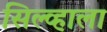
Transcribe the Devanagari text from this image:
सिल्व्हाला